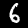
Label: 6